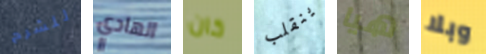
للشرح الهادي كان ينقلب هيا وبلا